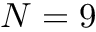
N = 9